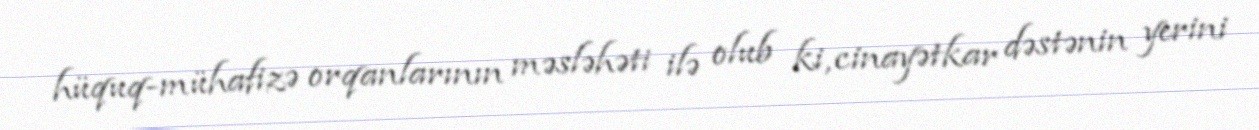
hüquq-mühafizə orqanlarının məsləhəti ilə olub ki, cinayətkar dəstənin yerini